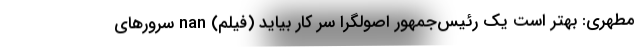
مطهری: بهتر است یک رئیس‌جمهور اصولگرا سر کار بیاید (فیلم) nan سرورهای